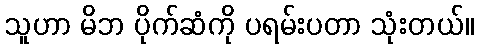
သူဟာ မိဘ ပိုက်ဆံကို ပရမ်းပတာ သုံးတယ်။